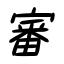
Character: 審